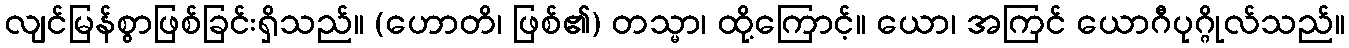
လျင်မြန်စွာဖြစ်ခြင်းရှိသည်။ (ဟောတိ၊ ဖြစ်၏) တသ္မာ၊ ထို့ကြောင့်။ ယော၊ အကြင် ယောဂီပုဂ္ဂိုလ်သည်။